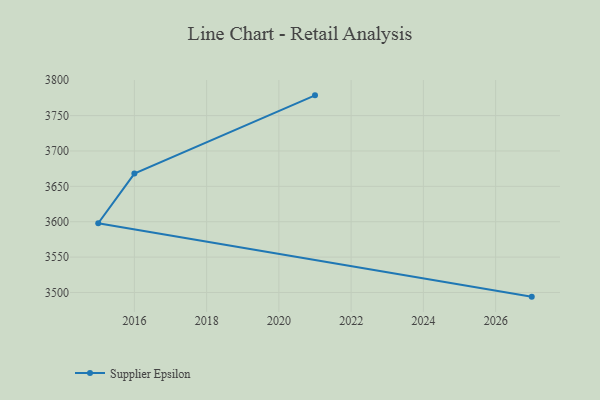
{"axis": {"x": "Year", "y": "Revenue (USD Million)"}, "legend": ["Supplier Epsilon"], "data": [{"x": "2021", "y": 3778.6, "type": "Supplier Epsilon"}, {"x": "2016", "y": 3668.1, "type": "Supplier Epsilon"}, {"x": "2015", "y": 3597.8, "type": "Supplier Epsilon"}, {"x": "2027", "y": 3494.1, "type": "Supplier Epsilon"}]}